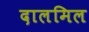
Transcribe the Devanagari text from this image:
दालमिल